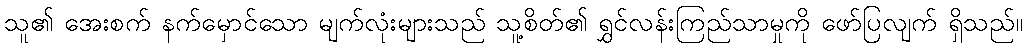
သူ၏ အေးစက် နက်မှောင်သော မျက်လုံးများသည် သူ့စိတ်၏ ရွှင်လန်းကြည်သာမှုကို ဖော်ပြလျက် ရှိသည်။